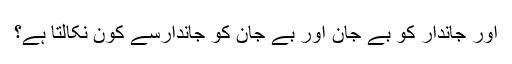
اور جاندار کو بے جان اور بے جان کو جاندارسے کون نکالتا ہے؟